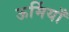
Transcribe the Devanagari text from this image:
ऊर्मियाँ